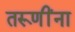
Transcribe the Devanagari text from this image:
तरूणींना